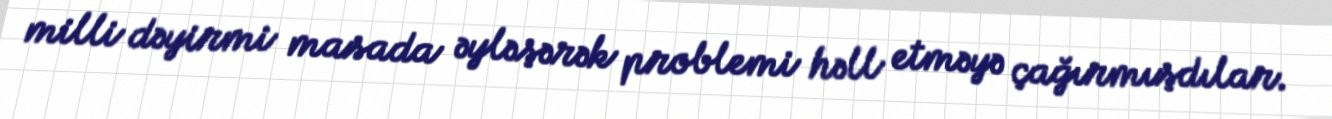
milli dəyirmi masada əyləşərək problemi həll etməyə çağırmışdılar.